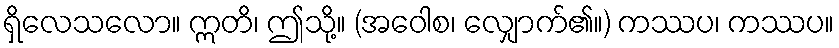
ရှိလေသလော။ ဣတိ၊ ဤသို့။ (အဝေါစ၊ လျှောက်၏။) ကဿပ၊ ကဿပ။